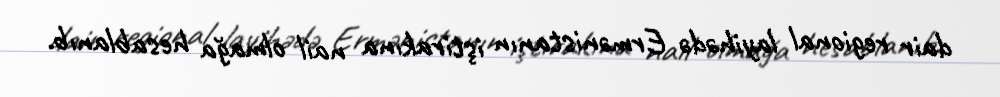
dair regional layihədə Ermənistanın iştirakına nail olmağa hesablanıb.